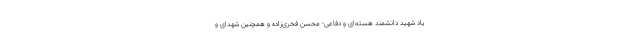
یاد شهید دانشمند هسته‌ای و دفاعی- محسن فخری‌زاده و همچنین شهدای و